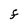
Character: F